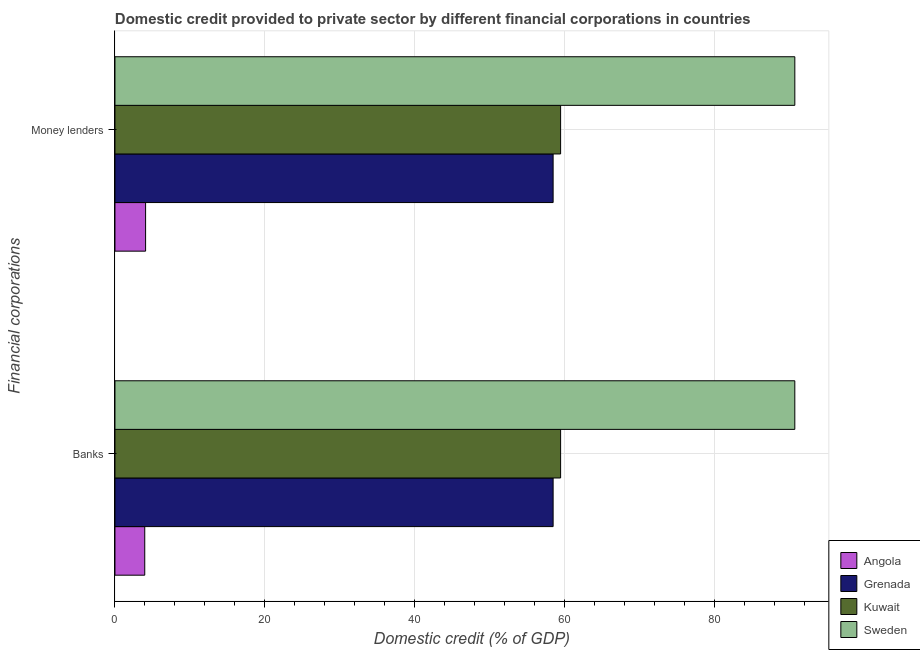
| Financial corporations | Angola | Grenada | Kuwait | Sweden |
 | --- | --- | --- | --- | --- |
 | Banks | 3.98 | 58.5 | 59.5 | 90.7 |
 | Money lenders | 4.09 | 58.5 | 59.5 | 90.7 |